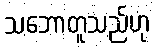
သဘောတူသည်ဟု